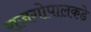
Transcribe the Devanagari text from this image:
राजगोपालकडे